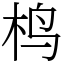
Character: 㭤